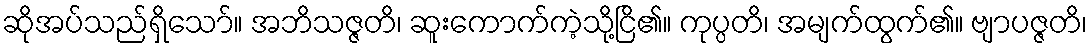
ဆိုအပ်သည်ရှိသော်။ အဘိသဇ္ဇတိ၊ ဆူးကောက်ကဲ့သို့ငြိ၏။ ကုပ္ပတိ၊ အမျက်ထွက်၏။ ဗျာပဇ္ဇတိ၊